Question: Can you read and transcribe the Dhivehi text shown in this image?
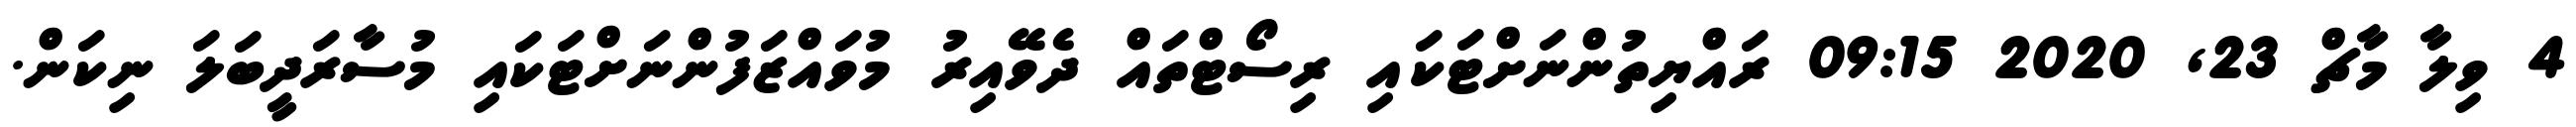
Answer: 4 ވިލާ މާޗް 23, 2020 09:15 ރައްޔިތުންނަށްޓަކައި ރިސޯޓްތައް ދެވޭއިރު މުވައްޒަފުންނަށްޓަކައި މުސާރަދީބަލަ ނިކަން.